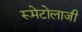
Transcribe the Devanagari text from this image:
रूमेटोलाजी